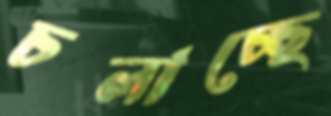
চলাচ্ছে